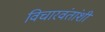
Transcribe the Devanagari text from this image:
विचारवंतांशी